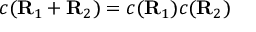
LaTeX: c ( \mathbf { R } _ { 1 } + \mathbf { R } _ { 2 } ) = c ( \mathbf { R } _ { 1 } ) c ( \mathbf { R } _ { 2 } )